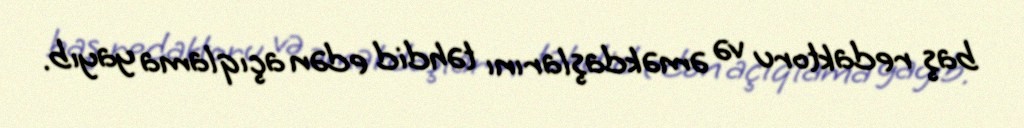
baş redaktoru və əməkdaşlarını təhdid edən açıqlama yayıb.